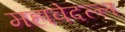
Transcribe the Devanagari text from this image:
महावेदल्ल